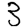
Digit: 3